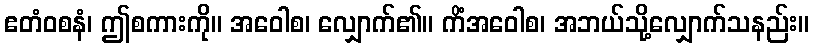
ဧတံဝစနံ၊ ဤစကားကို။ အဝေါစ၊ လျှောက်၏။ ကိံအဝေါစ၊ အဘယ်သို့လျှောက်သနည်း။